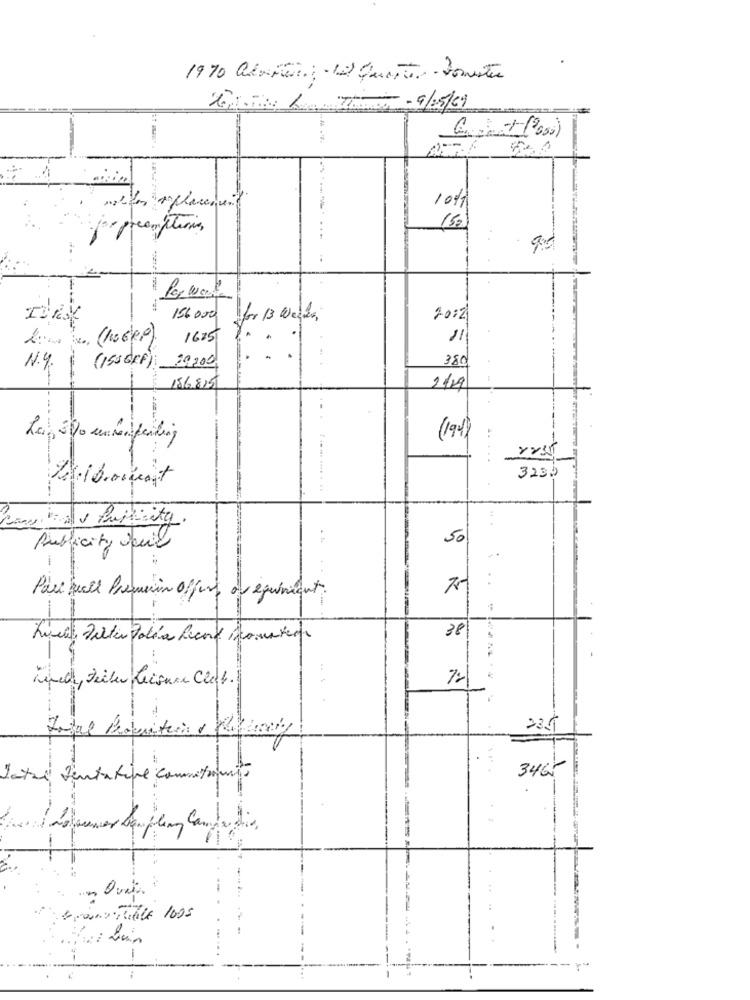
1970 adatai: 12 Quarto. . Poreste
TIC - 9/25/09
5.il
10%
nelde placement
- preemption,
(52)
---------
-
156 000
for 13 Weeks,
20:2
(ho ERP)
16:5
N.Y.
(155 GFF): 29,200
186815
(194)
3235
Come all& Puiscity.
50
Publicity Juil
:
Pau quell Presion offers à équivient.
38
72
Lunch, Zeilen Leisure Chef.
tefal Pocitin , desorry
23.5
3465
Latre tentative commitment
- Quais
Frans Trille 1005
-